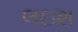
લઇશ